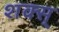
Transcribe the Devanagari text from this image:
शक्स्